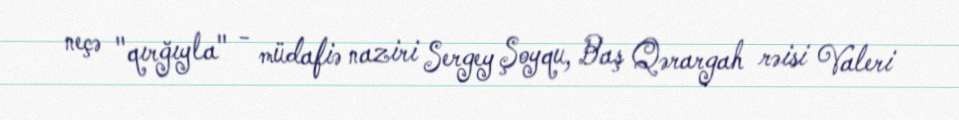
neçə "qırğıyla" - müdafiə naziri Sergey Şoyqu, Baş Qərargah rəisi Valeri